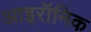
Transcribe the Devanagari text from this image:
आइरॉनिक